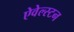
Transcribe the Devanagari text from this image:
ऐवेल्स्टन